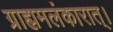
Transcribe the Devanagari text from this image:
ग्राह्ममलंकारात्।